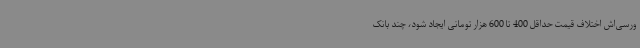
ورسی‌اش اختلاف قیمت حداقل 400 تا 600 هزار تومانی ایجاد شود، چند بانک